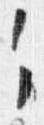
々